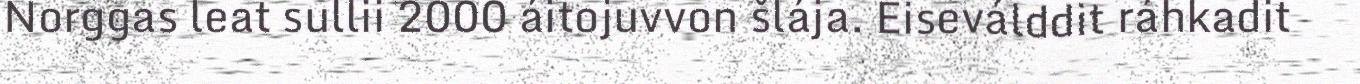
Norggas leat sullii 2000 áitojuvvon šlája. Eiseválddit ráhkadit